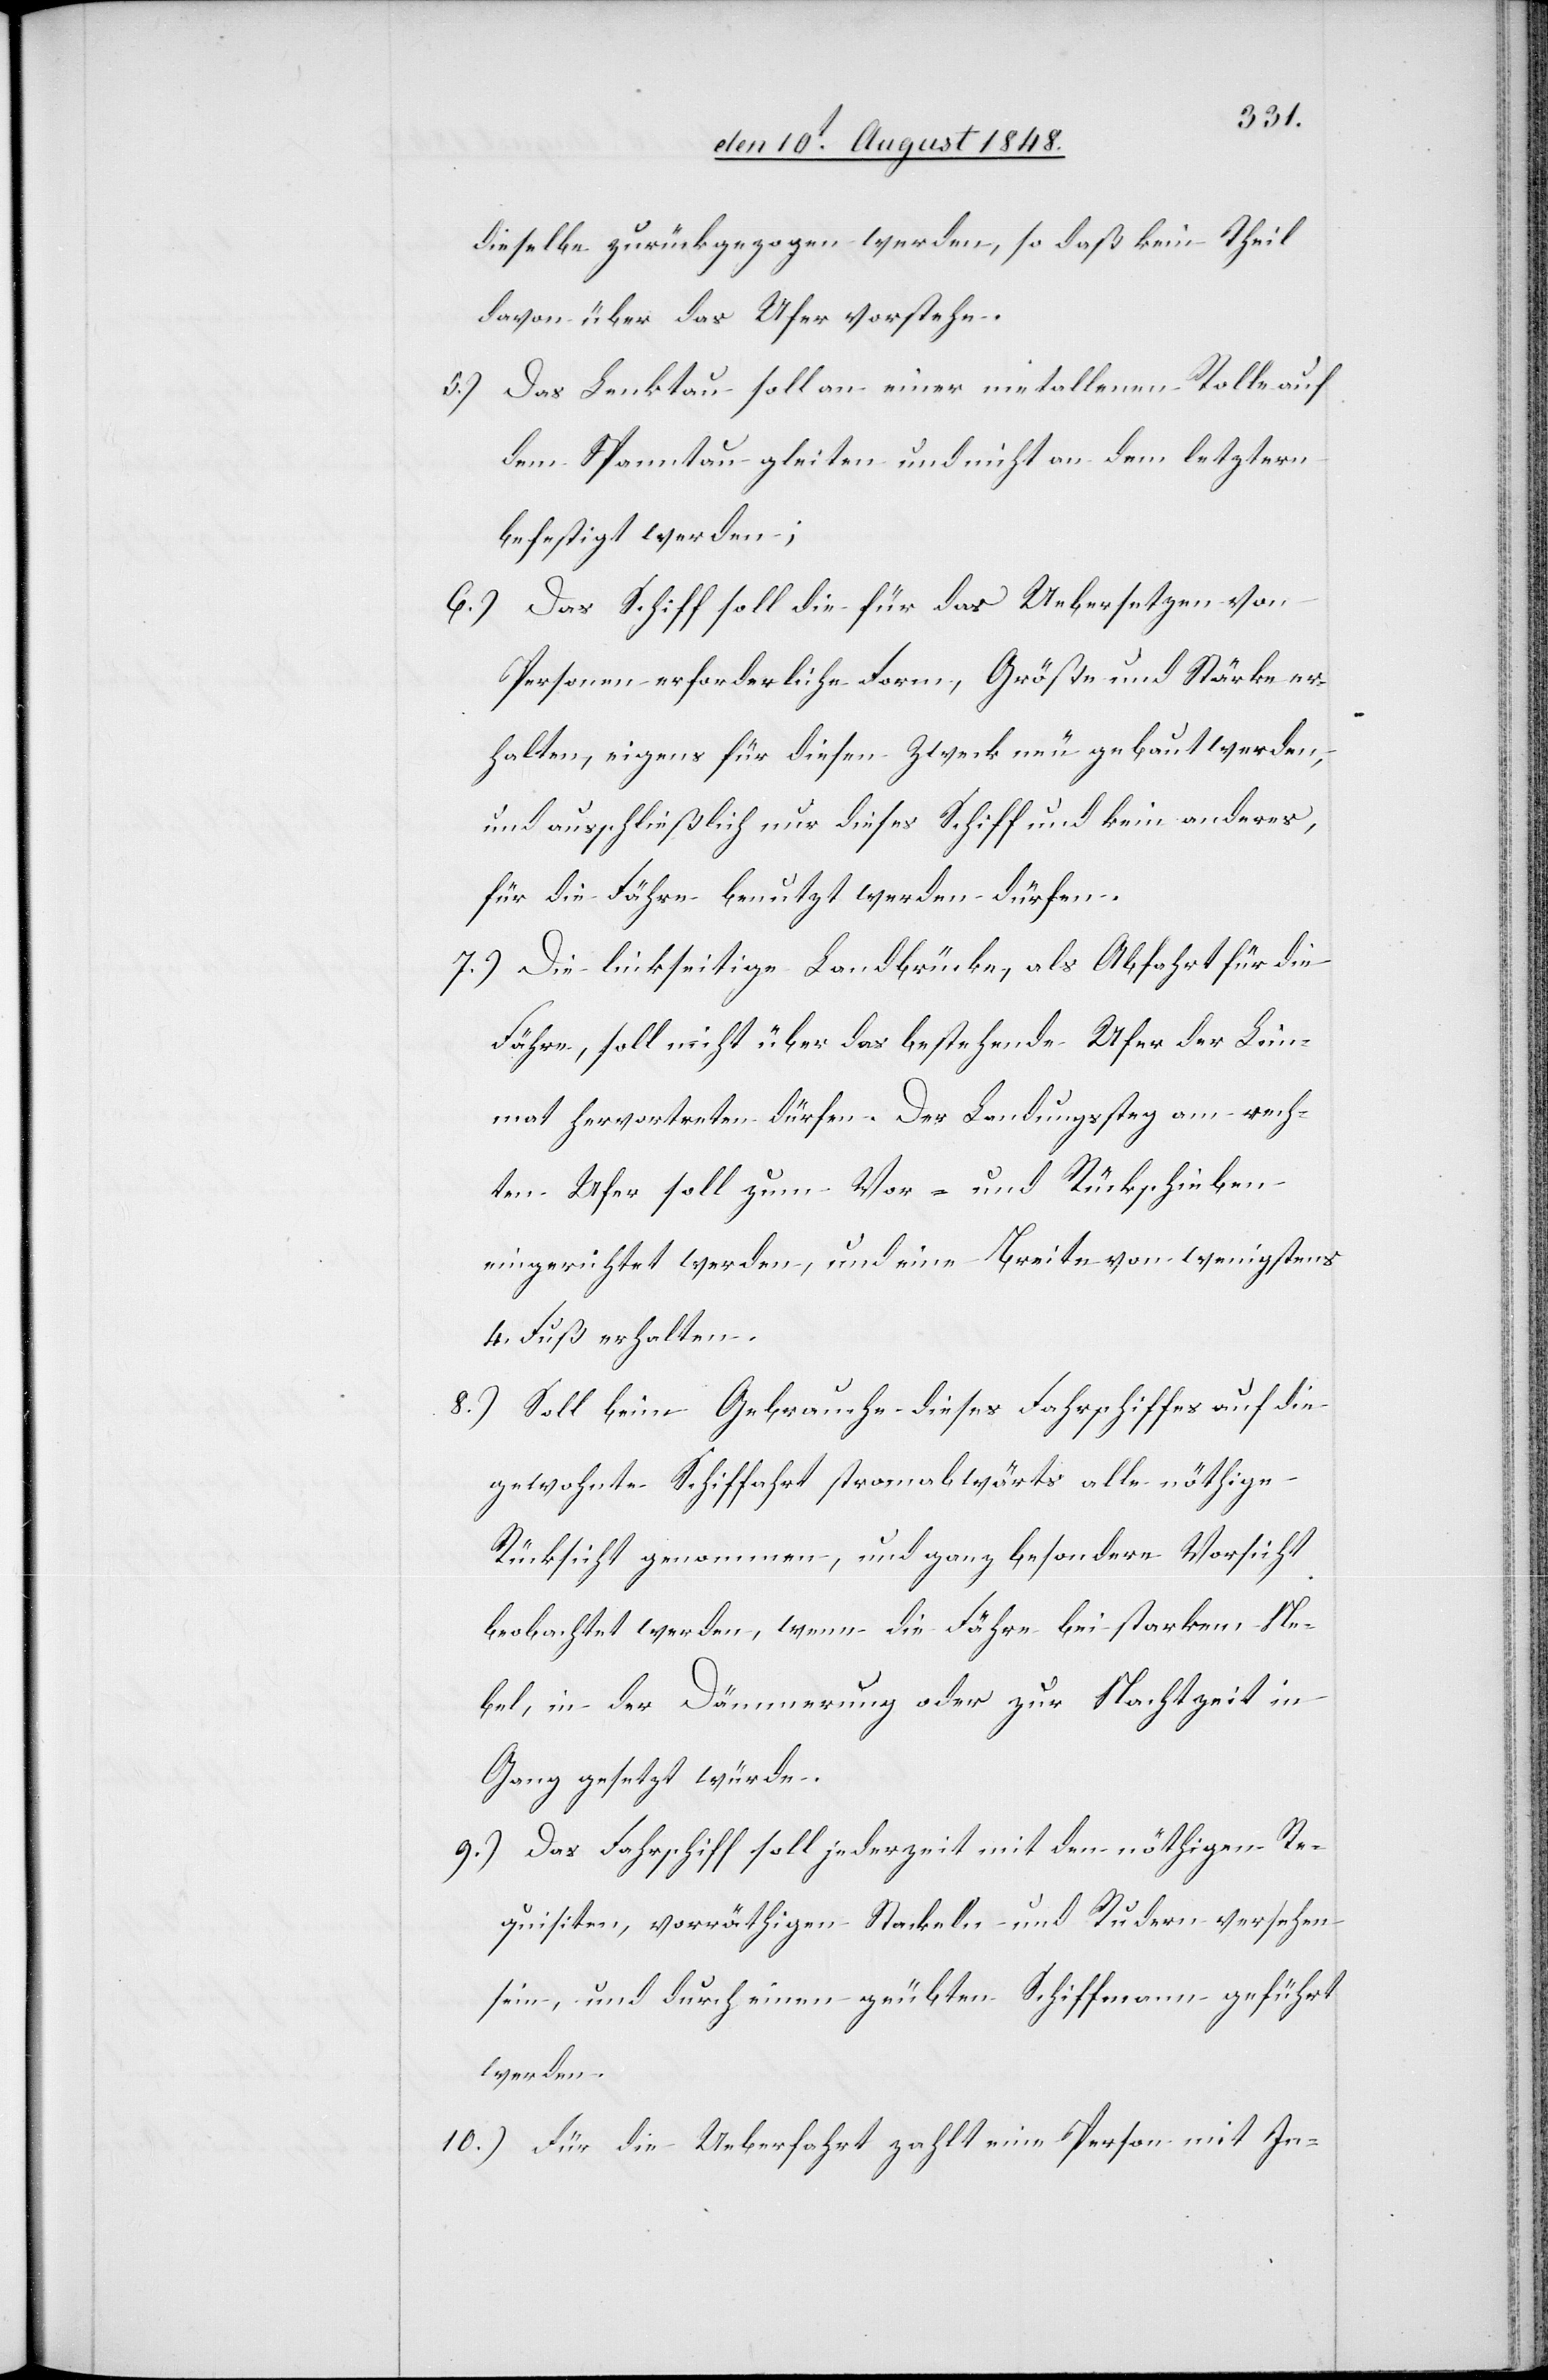
dieselbe zurückgezogen werden, so daß kein Theil
davon über das Ufer vorstehe.
5.) Das Lenktau soll an einer rein metallenen Rolle auf
dem Spanntau gleiten und nicht an dem letztern
befestigt werden;
6.) Das Schiff soll die für das Uebersetzen von
Personen erforderliche Form, Größe und Stärke er¬
halten, eigens für diesen Zweck neu gebaut werden,
und ausschließlich nur dieses Schiff und kein anderes,
für die Fähre benutzt werden dürfen.
7.) Die linkseitige Landbrücke, als Abfahrt für die
Fähre, soll nicht über das bestehende Ufer der Lim¬
mat hervortreten dürfen. Der Landungssteg am rech¬
ten Ufer soll zum Vor- und Rückschieben
eingerichtet werden, und eine Breite von wenigstens
4. Fuß erhalten.
8.) Soll beim Gebrauch dieses Fahrschiffes auf die
gewohnte Schiffahrt stromabwärts alle nöthige
Rücksicht genommen, und ganz besondere Vorsicht
beobachtet werden, wenn die Fähre bei starkem Ne¬
bel, in der Dämmerung oder zur Nachtzeit in
Gang gesetzt würde.
9.) Das Fahrschiff soll jederzeit mit den nöthigen Re¬
quisiten, vorräthigen Stackeln und Rudern versehen
sein, und durch einen geübten Schiffmann geführt
werden.
10.) Für die Ueberfahrt zahlt eine Person mit In-